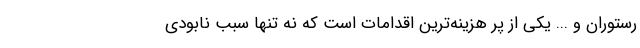
رستوران و ... یکی از پر هزینه‌ترین اقدامات است که نه تنها سبب نابودی